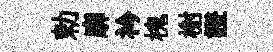
勅廓衿槐榭證